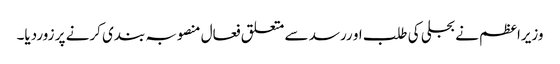
وزیراعظم نے بجلی کی طلب او ررسد سے متعلق فعال منصوبہ بندی کرنے پر زوردیا۔